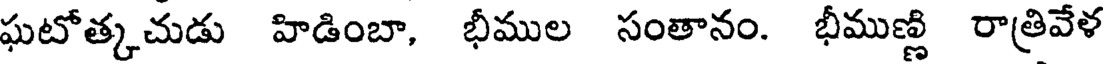
ఘటోత్కచుడు హిడింబా, భీముల సంతానం. భీముణ్ణి రాత్రివేళ